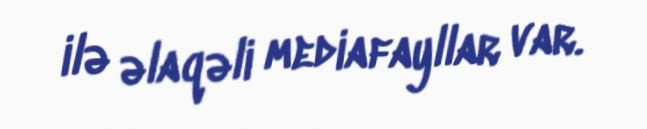
ilə əlaqəli mediafayllar var.